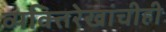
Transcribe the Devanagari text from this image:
व्यक्तिरेखांचीही